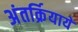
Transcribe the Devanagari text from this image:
अंतर्क्रियायें